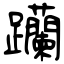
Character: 躪